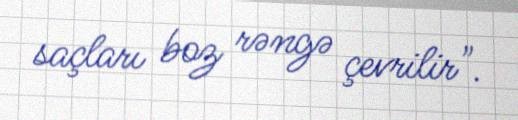
saçları boz rəngə çevrilir".